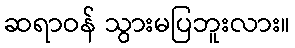
ဆရာဝန် သွားမပြဘူးလား။